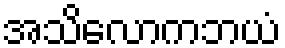
အသိလောကဘယံ